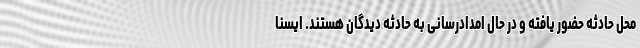
محل حادثه حضور یافته و در حال امدادرسانی به حادثه دیدگان هستند. ایسنا